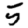
Digit: 5